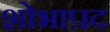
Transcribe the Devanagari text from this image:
शोभाप्रद